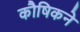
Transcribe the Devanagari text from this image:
कौषिकने